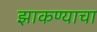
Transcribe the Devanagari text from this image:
झाकण्याचा